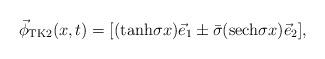
LaTeX: \begin{align*}\vec{\phi}_{{\rm TK}2}(x,t)=[({\rm tanh}\sigma x)\vec{e}_1\pm\bar{\sigma} ({\rm sech}\sigma x )\vec{e}_2],\end{align*}